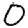
Digit: 0